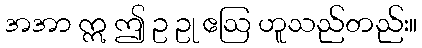
အအာ ဣ ဤ ဥ ဥု ဧဩ ဟူသည်တည်း။